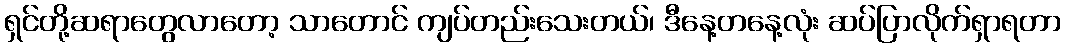
ရှင်တို့ဆရာတွေလာတော့ သာတောင် ကျပ်တည်းသေးတယ်၊ ဒီနေ့တနေ့လုံး ဆပ်ပြာလိုက်ရှာရတာ